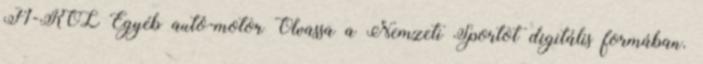
F1-RŐL Egyéb autó-motor Olvassa a Nemzeti Sportot digitális formában.